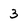
Character: 3